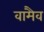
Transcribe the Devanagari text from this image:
वामैव